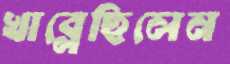
খাব্‌লেছিলেন